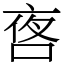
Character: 㖱